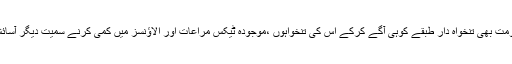
آج بھی حسب روایت نومنتخب وزیراعظم عمران خان کی موجودہ حکومت بھی تنخواہ دار طبقے کوہی آگے کرکے اِس کی تنخواہوں ،موجودہ ٹیکس مراعات اور الاؤنسز میں کمی کرنے سمیت دیگر آسائش زندگی کی سہولیات سے محروم کرنے کے لئے نشانہ بنا ئے گی ۔